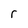
Character: r